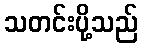
သတင်းပို့သည်